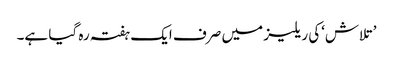
’تلاش‘کی ریلیز میں صرف ایک ہفتہ رہ گیا ہے۔